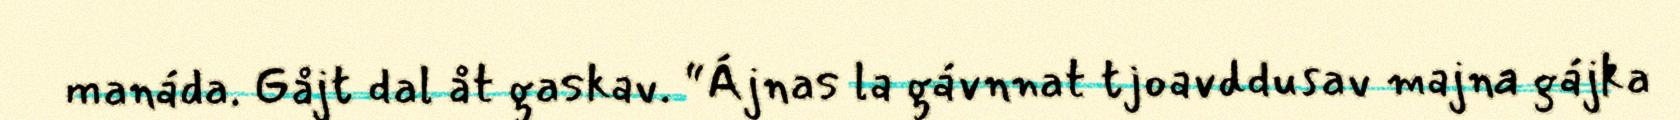
manáda. Gåjt dal åt gaskav. “Ájnas la gávnnat tjoavddusav majna gájka